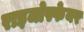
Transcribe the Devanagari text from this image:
राइजोस्फेयर